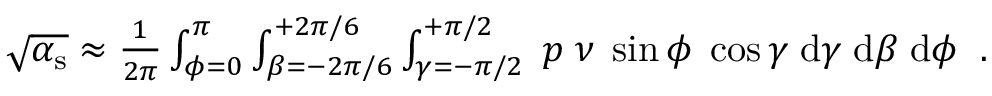
\begin{array} { r } { \sqrt { \alpha _ { \mathrm { s } } } \approx \frac { 1 } { 2 \pi } \int _ { \phi = 0 } ^ { \pi } \int _ { \beta = - 2 \pi / 6 } ^ { + 2 \pi / 6 } \int _ { \gamma = - \pi / 2 } ^ { + \pi / 2 } \; p \; \nu \; \sin \phi \; \cos \gamma \; \mathrm { d } \gamma \; \mathrm { d } \beta \; \mathrm { d } \phi \; \; . } \end{array}